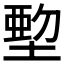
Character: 𡏍